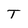
Character: T